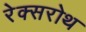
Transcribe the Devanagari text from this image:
रेक्सरोथ